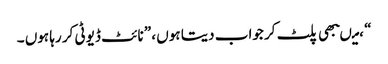
“ ،میںبھی پلٹ کر جواب دیتا ہوں ، ”نائٹ ڈیوٹی کر رہا ہوں ۔